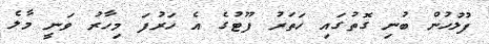
ފުލުހުން ބުނި ގޮތުގައި ހަތަރު ފޫޓުގެ އެ ހަރުފަ މިހާރު ވަނީ މާލެ